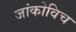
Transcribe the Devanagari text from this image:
जांकोविच